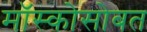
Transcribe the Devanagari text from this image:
मॉस्कोसोबत